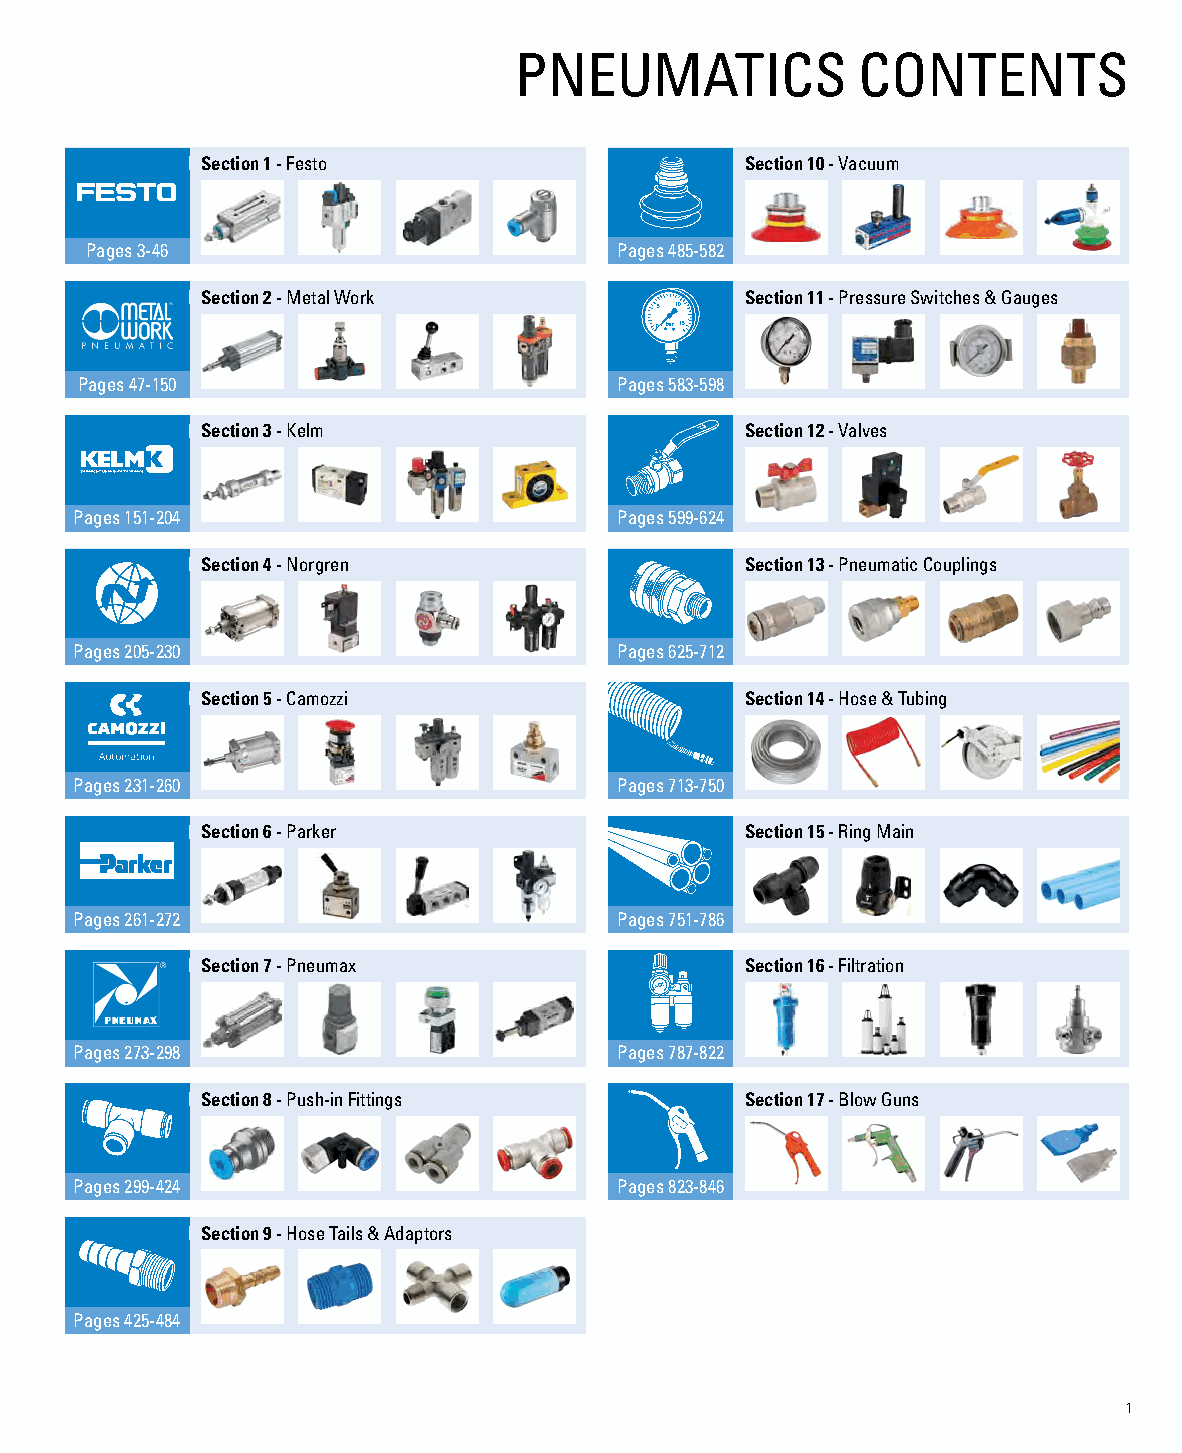
PNEUMATICS             CONTENTS
 Section 1 - Festo                   Section 10 - Vacuum
 Pages 3-46                         Pages 485-582
 Section 2 - Metal Work              Section 11 - Pressure Switches & Gauges
 5 10
 0 bar15
 Pages 47-150                        Pages 583-598
 Section 3 - Kelm                 ONOFF Section 12 - Valves
 Pages 151-204                       Pages 599-624
 Section 4 - Norgren                 Section 13 - Pneumatic Couplings
 Pages 205-230                       Pages 625-712
 Section 5 - Camozzi                 Section 14 - Hose & Tubing
 Pages 231-260                       Pages 713-750
 Alternative Elements | Parker dh Evolution
 Section 6 - Parker                  SeEvcotluiotionn 15 - Ring Main
 Features and Benefits
 Icdnoiftmfe erprn elaenlt tea ia nold pp ee rrexastte siuron rnea lug Osae- u roginfe gtsh ee nosruigriinngal
 Uocdop in fmt fiqi empru elue en mtt teo ia flop l op pewern re d asp tsac iuoat rhnp e a ap gl nr auod usv egai d eloleofs wt a hsn e original
 Pages 261-272                       Pages 751-786 Lreadrguec eosp deinff einrleentt eianl hparnecsesus rfleow and
 Section 7 - Pneumax
 Se
 
 cNl Dho oeow
 le
 dse
 p
 tu ir
 n
 ip pn gip lg
 e
 co
 a
 oapr tt pr
 e
 e adas cr s nmm iu tyerse dp
 i
 dr aor 1o pvpi rd oe
 v
 6s
 id
 a
 e
 sc l ge -ra er
 a
 a ti er Frfl o dw
 ir
 it,
 ltration
 Tpflsyo or sowp tv
 e
 i mde pean ostd hpa ,enc rra eaop dtp iuntci gmi ncugom
 st s.
 Seleelmf-ceenntt rina lipsliancge bottom end cap secures
 Drainage apertures for reduced wet band
 Bcorenatkaemr irnimat iopnrotects drain from oil
 Pages 273-298                       Pages 787-822         Dppmgcarrle oeo pe ae rv aa etip cdt e ise te rub y sd d.r e fs iarmid tgc nehe i odfialrc di eaa iann gtal ny d
 Performance Analysis
 Original: Saturated Walker Filtration: Saturated
 Section 8 - Push-in Fittings        Section 17 - Blow Guns
 Babpaoentrdtto udmrreas i e neanngdhea .cnacep wet
 100%Flowrate (%)
 Contact sales@walkerfiltration.com for information
 Pages 299-424                       Pages 823-846
 Section 9 - Hose Tails & Adaptors
 Pages 425-484
 1
 PΔ